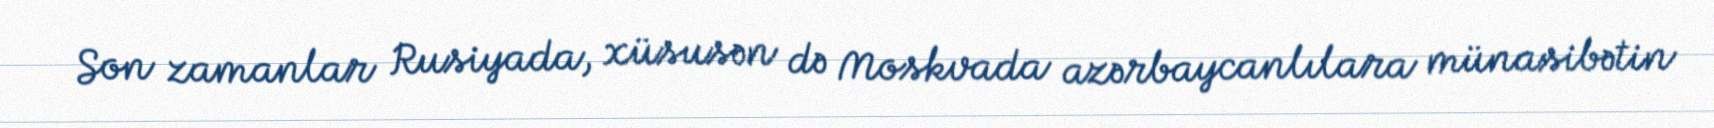
Son zamanlar Rusiyada, xüsusən də Moskvada azərbaycanlılara münasibətin